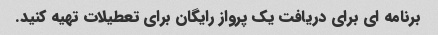
برنامه ای برای دریافت یک پرواز رایگان برای تعطیلات تهیه کنید.